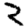
Digit: 2